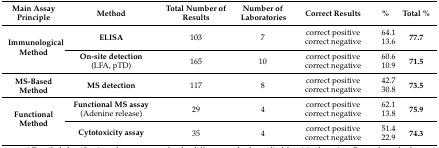
<table><thead><tr><td><b>Main Assay Principle</b></td><td><b>Method</b></td><td><b>Total Number of Results</b></td><td><b>Number of Laboratories</b></td><td><b>Correct Results</b></td><td><b>%</b></td><td><b>Total %</b></td></tr></thead><tbody><tr><td rowspan="4"><b>Immunological Method</b></td><td rowspan="2"><b>ELISA</b></td><td rowspan="2">103</td><td rowspan="2">7</td><td>correct positive</td><td>64.1</td><td rowspan="2"><b>77.7</b></td></tr><tr><td>correct negative</td><td>13.6</td></tr><tr><td rowspan="2"><b>On-site detection</b> (LFA, pTD)</td><td rowspan="2">165</td><td rowspan="2">10</td><td>correct positive</td><td>60.6</td><td rowspan="2"><b>71.5</b></td></tr><tr><td>correct negative</td><td>10.9</td></tr><tr><td rowspan="2"><b>MS-Based Method</b></td><td rowspan="2"><b>MS detection</b></td><td rowspan="2">117</td><td rowspan="2">8</td><td>correct positive</td><td>42.7</td><td rowspan="2"><b>73.5</b></td></tr><tr><td>correct negative</td><td>30.8</td></tr><tr><td rowspan="4"><b>Functional Method</b></td><td rowspan="2"><b>Functional MS assay</b> (Adenine release)</td><td rowspan="2">29</td><td rowspan="2">4</td><td>correct positive</td><td>62.1</td><td rowspan="2"><b>75.9</b></td></tr><tr><td>correct negative</td><td>13.8</td></tr><tr><td rowspan="2"><b>Cytotoxicity assay</b></td><td rowspan="2">35</td><td rowspan="2">4</td><td>correct positive</td><td>51.4</td><td rowspan="2"><b>74.3</b></td></tr><tr><td>correct negative</td><td>22.9</td></tr></tbody></table>